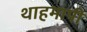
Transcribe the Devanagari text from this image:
थाहमापी